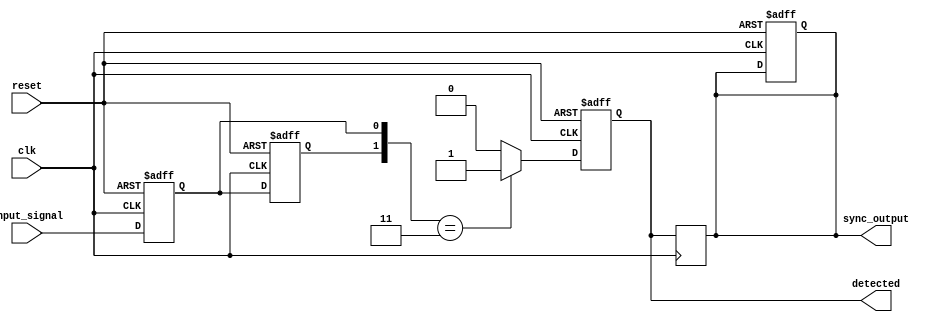
module dual_ff_detector (
    input wire input_signal,   // Primary input signal to monitor
    input wire clk,            // Clock signal for synchronization
    input wire reset,          // Reset signal
    output reg detected,       // Output indicating if the specific pattern is detected
    output reg sync_output      // Synchronized output signal
);
    
    // Internal signals for the flip-flops
    reg ff1;  // Output of the first flip-flop
    reg ff2;  // Output of the second flip-flop

    // Parameters for the specific pattern to be detected (example: pattern '11')
    parameter PATTERN = 2'b11;

    // Flip-flop behavior and pattern detection logic
    always @(posedge clk or posedge reset) begin
        if (reset) begin
            ff1 <= 1'b0;   // Initialize FF1 to 0
            ff2 <= 1'b0;   // Initialize FF2 to 0
            detected <= 1'b0; // Reset detected signal
            sync_output <= 1'b0; // Reset sync output
        end else begin
            ff1 <= input_signal; // Sample input_signal into FF1
            ff2 <= ff1;          // Feed output of FF1 into FF2
            
            // Pattern detection logic
            if ({ff2, ff1} == PATTERN) begin
                detected <= 1'b1; // Set detected high if pattern matches
            end else begin
                detected <= 1'b0; // Set detected low if no match
            end
        end
    end

    // Synchronizing the detected signal with the clock
    always @(posedge clk) begin
        sync_output <= detected; // Synchronize detected output
    end

endmodule